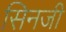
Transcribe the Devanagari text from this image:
सिनजी